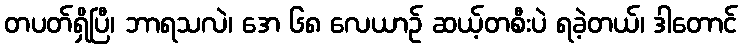
တပတ်ရှိပြီ၊ ဘာရသလဲ၊ အေ ၆၈ လေယာဉ် ဆယ့်တစီးပဲ ရခဲ့တယ်၊ ဒါတောင်